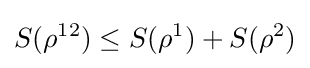
S(\rho ^{12})\leq S(\rho ^{1})+S(\rho ^{2})